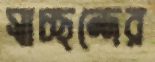
স্বাচ্ছন্দের